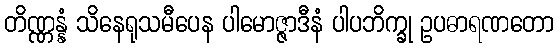
တိဏ္ဏန္နံ သိနေရုသမီပေန ပါမောဇ္ဇာဒီနံ ပါပဘိက္ခု ဥပဓာရဏတော